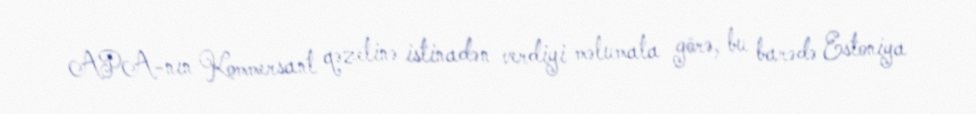
APA-nın Kommersant qəzetinə istinadən verdiyi məlumata görə, bu barədə Estoniya